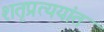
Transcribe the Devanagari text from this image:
शतृप्रत्ययांत